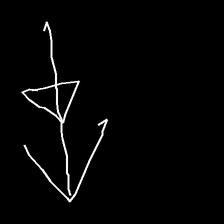
Glyph: pull